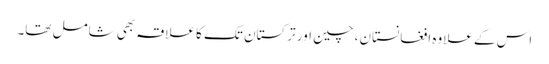
اس کے علاوہ افغانستان، چین اور ترکستان تک کا علاقہ بھی شامل تھا۔